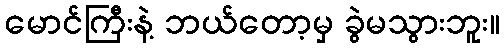
မောင်ကြီးနဲ့ ဘယ်တော့မှ ခွဲမသွားဘူး။